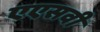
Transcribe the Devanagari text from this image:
एएसवी